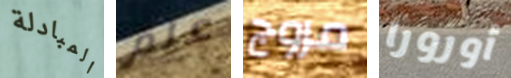
المبادلة علم مروج أورورا